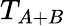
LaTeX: T_{A+B}